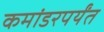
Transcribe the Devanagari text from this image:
कमांडरपर्यंत